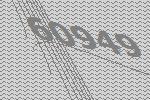
60949